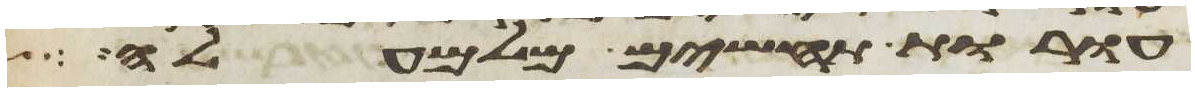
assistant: עורות תחשים מלמעלה